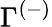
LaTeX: \Gamma^{(-)}